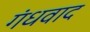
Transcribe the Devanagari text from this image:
गंधवाद